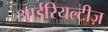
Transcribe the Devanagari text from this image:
आईरियल्टीज़